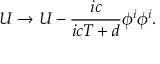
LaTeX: U \rightarrow U - { \frac { i c } { i c T + d } } { \phi ^ { i } \phi ^ { i } } .